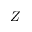
Z